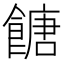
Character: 餹